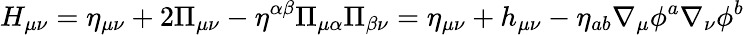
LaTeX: {\displaystyle H_{\mu\nu}=\eta_{\mu\nu}+2{\Pi}_{\mu\nu}-\eta^{\alpha\beta}{\Pi}_{\mu\alpha}{\Pi}_{\beta\nu}}=\eta_{\mu\nu}+h_{\mu\nu}-\eta_{ab}\nabla_{\mu}\phi^{a}\nabla_{\nu}\phi^{b}